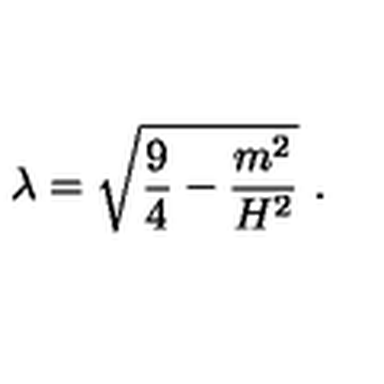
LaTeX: \lambda = \sqrt { \frac { 9 } { 4 } - \frac { m ^ { 2 } } { H ^ { 2 } } } \ .